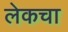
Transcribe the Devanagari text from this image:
लेकचा